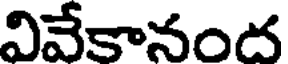
వివేకానంద